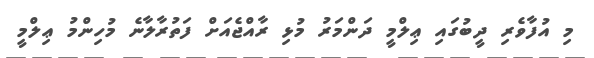
މި އުފާވެރި ދީބުގައި ޢިލްމީ ދަންމަރު މުޅި ރާއްޖެއަށް ފަތުރާލާނެ މުހިންމު ޢިލްމީ